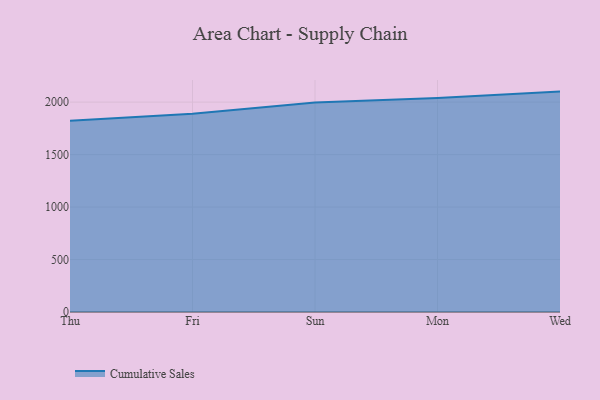
{"axis": {"x": "Day", "y": "Inventory Turnover"}, "legend": ["Cumulative Sales"], "data": [{"x": "Thu", "y": 1822.6, "type": "Cumulative Sales"}, {"x": "Fri", "y": 1889.2, "type": "Cumulative Sales"}, {"x": "Sun", "y": 1997.0, "type": "Cumulative Sales"}, {"x": "Mon", "y": 2039.6, "type": "Cumulative Sales"}, {"x": "Wed", "y": 2100.1, "type": "Cumulative Sales"}]}